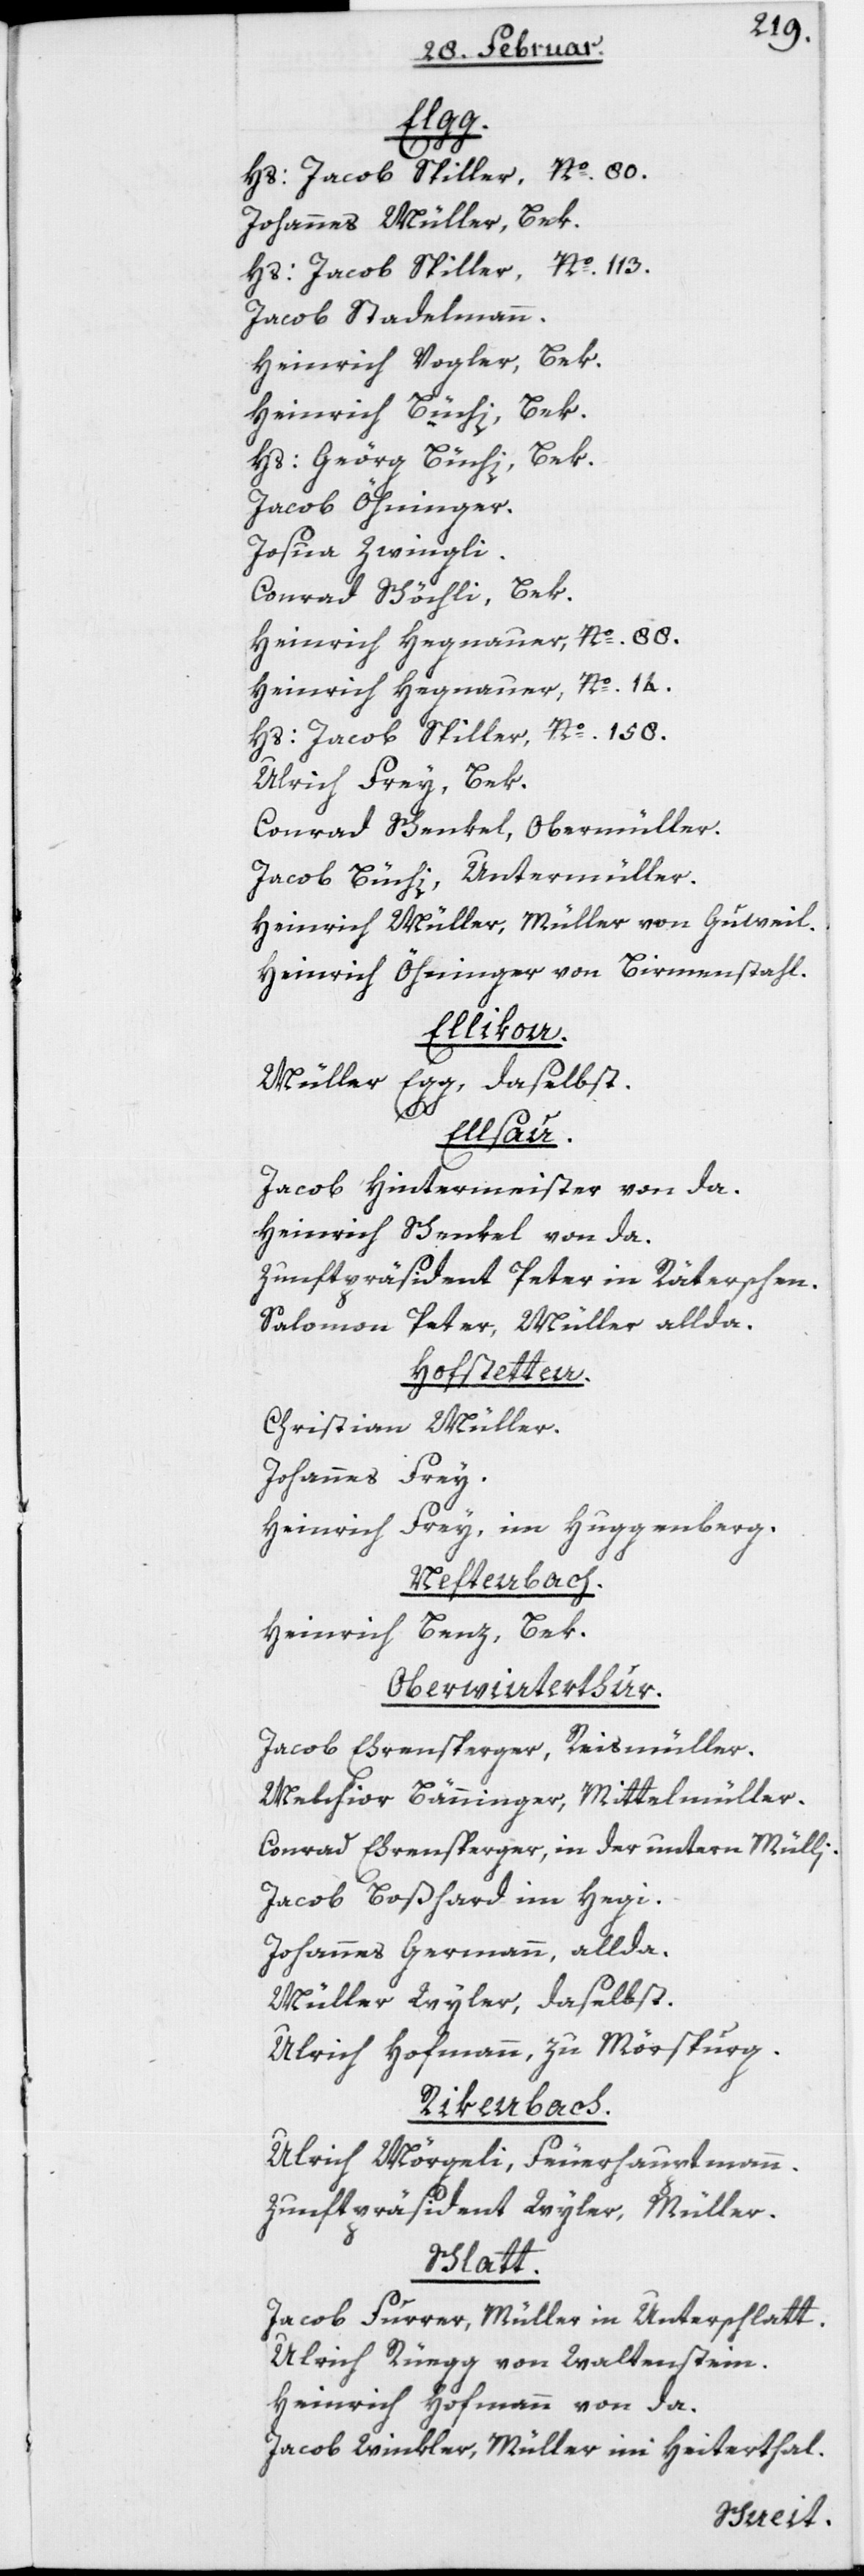
Elgg.
Hs: Jacob Spiller, No. 80.
Johannes Müller, Bek.
No. 113.
Hs: Jacob Spiller,
Jacob Stadelmann.
Bek.
Heinrich Vogler,
Bek.
Heinrich Büchi,
Bek.
Hs: Geörg Büchi,
Jacob Öhninger.
Josua Zwingli.
Conrad Schöchli, Bek.
Heinrich Hegnauer, No. 88.
Heinrich Hegnauer, No. 14.
Hs: Jacob Spiller, No. 158.
Ulrich Frey, Bek.
Conrad Schenkel, Obermüller.
Jacob Büchi, Untermüller.
Heinrich Müller, Müller von Guweil.
Heinrich Öhninger von Birmenstahl.
Ellikon.
Müller Egg, daselbst.
Ellsau.
Jacob Hintermeister von da.
Heinrich Schenkel von da.
Zunftpräsident Peter in Räterschen.
Salomon Peter, Müller allda.
Hofstetten.
Christian Müller.
Johannes Frey.
Heinrich Frey, im Huggenberg.
Neftenbach.
Heinrich Benz, Bek.
Oberwinterthur.
Jacob Ehrensperger, Reismüller.
Melchior Bänninger, Mittelmüller.
Conrad Ehrensperger, in der untern Mülli.
Jacob Boßhard im Hegi.
Johannes Germann, allda.
Müller Wyler, daselbst.
Ulrich Hofmann, zu Mörspurg.
Rikenbach.
Ulrich Mörgeli, Feuerhauptmann.
Zunftpräsident Wyler, Müller.
Schlatt.
Jacob Furrer, Müller im Unterschlatt.
Ulrich Rüegg von Waltenstein.
Heinrich Hofmann von da.
Jacob Winkler, Müller im Heiterthal.